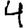
Digit: 4